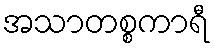
အသာတစ္စကာရီ